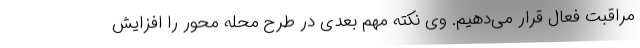
مراقبت فعال قرار می‌دهیم. وی نکته مهم بعدی در طرح محله محور را افزایش